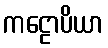
ကဠောပိယာ